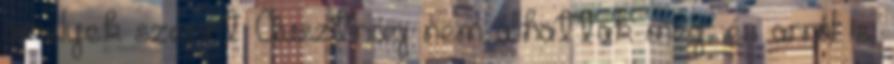
amelyek szerint Ausztriáig nem állhattak meg, és arról is,